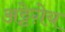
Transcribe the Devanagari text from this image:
अट्टेग़ेय